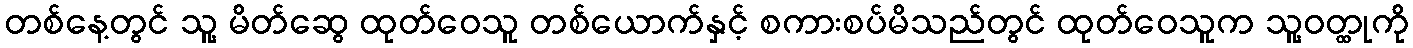
တစ်နေ့တွင် သူ့ မိတ်ဆွေ ထုတ်ဝေသူ တစ်ယောက်နှင့် စကားစပ်မိသည်တွင် ထုတ်ဝေသူက သူ့ဝတ္ထုကို